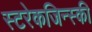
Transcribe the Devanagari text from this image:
स्टरेकजिन्स्की